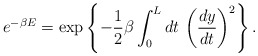
\begin{align*}e^{-\beta E} = \exp\left\{ -\frac{1}{2}\beta \int_0^L dt\,\left(\frac{dy}{dt}\right)^2\right\}.\end{align*}